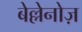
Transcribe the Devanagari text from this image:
बेल्लेनोज़